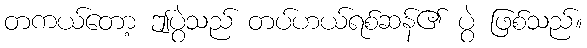
တကယ်တော့ ဤပွဲသည် တပ်ဟယ်ရစ်ဆန်၏ ပွဲ ဖြစ်သည်။